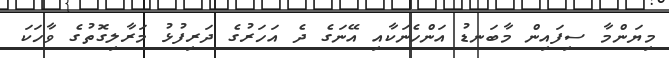
މިޔަންމާ ސިފައިން މާބަނޑު އަންހެނަކާއި އޭނަގެ ދެ އަހަރުގެ ދަރިފުޅު މަރާލިގޮތުގެ ވާހަކަ